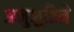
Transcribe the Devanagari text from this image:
अनुभुतिने